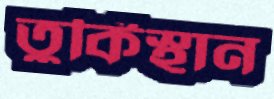
তুর্কিস্থান